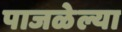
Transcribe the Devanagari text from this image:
पाजळेल्या